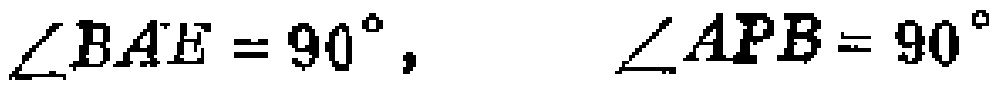
\(\angle BAE = 90^{\circ},\ \ \ \angle APB = 90^{\circ}\)